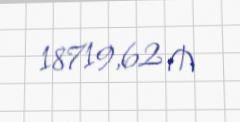
18719,62 ₼